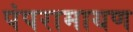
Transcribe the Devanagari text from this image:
पंपरामायण